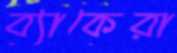
ব্যাকেরা